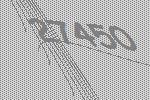
27450